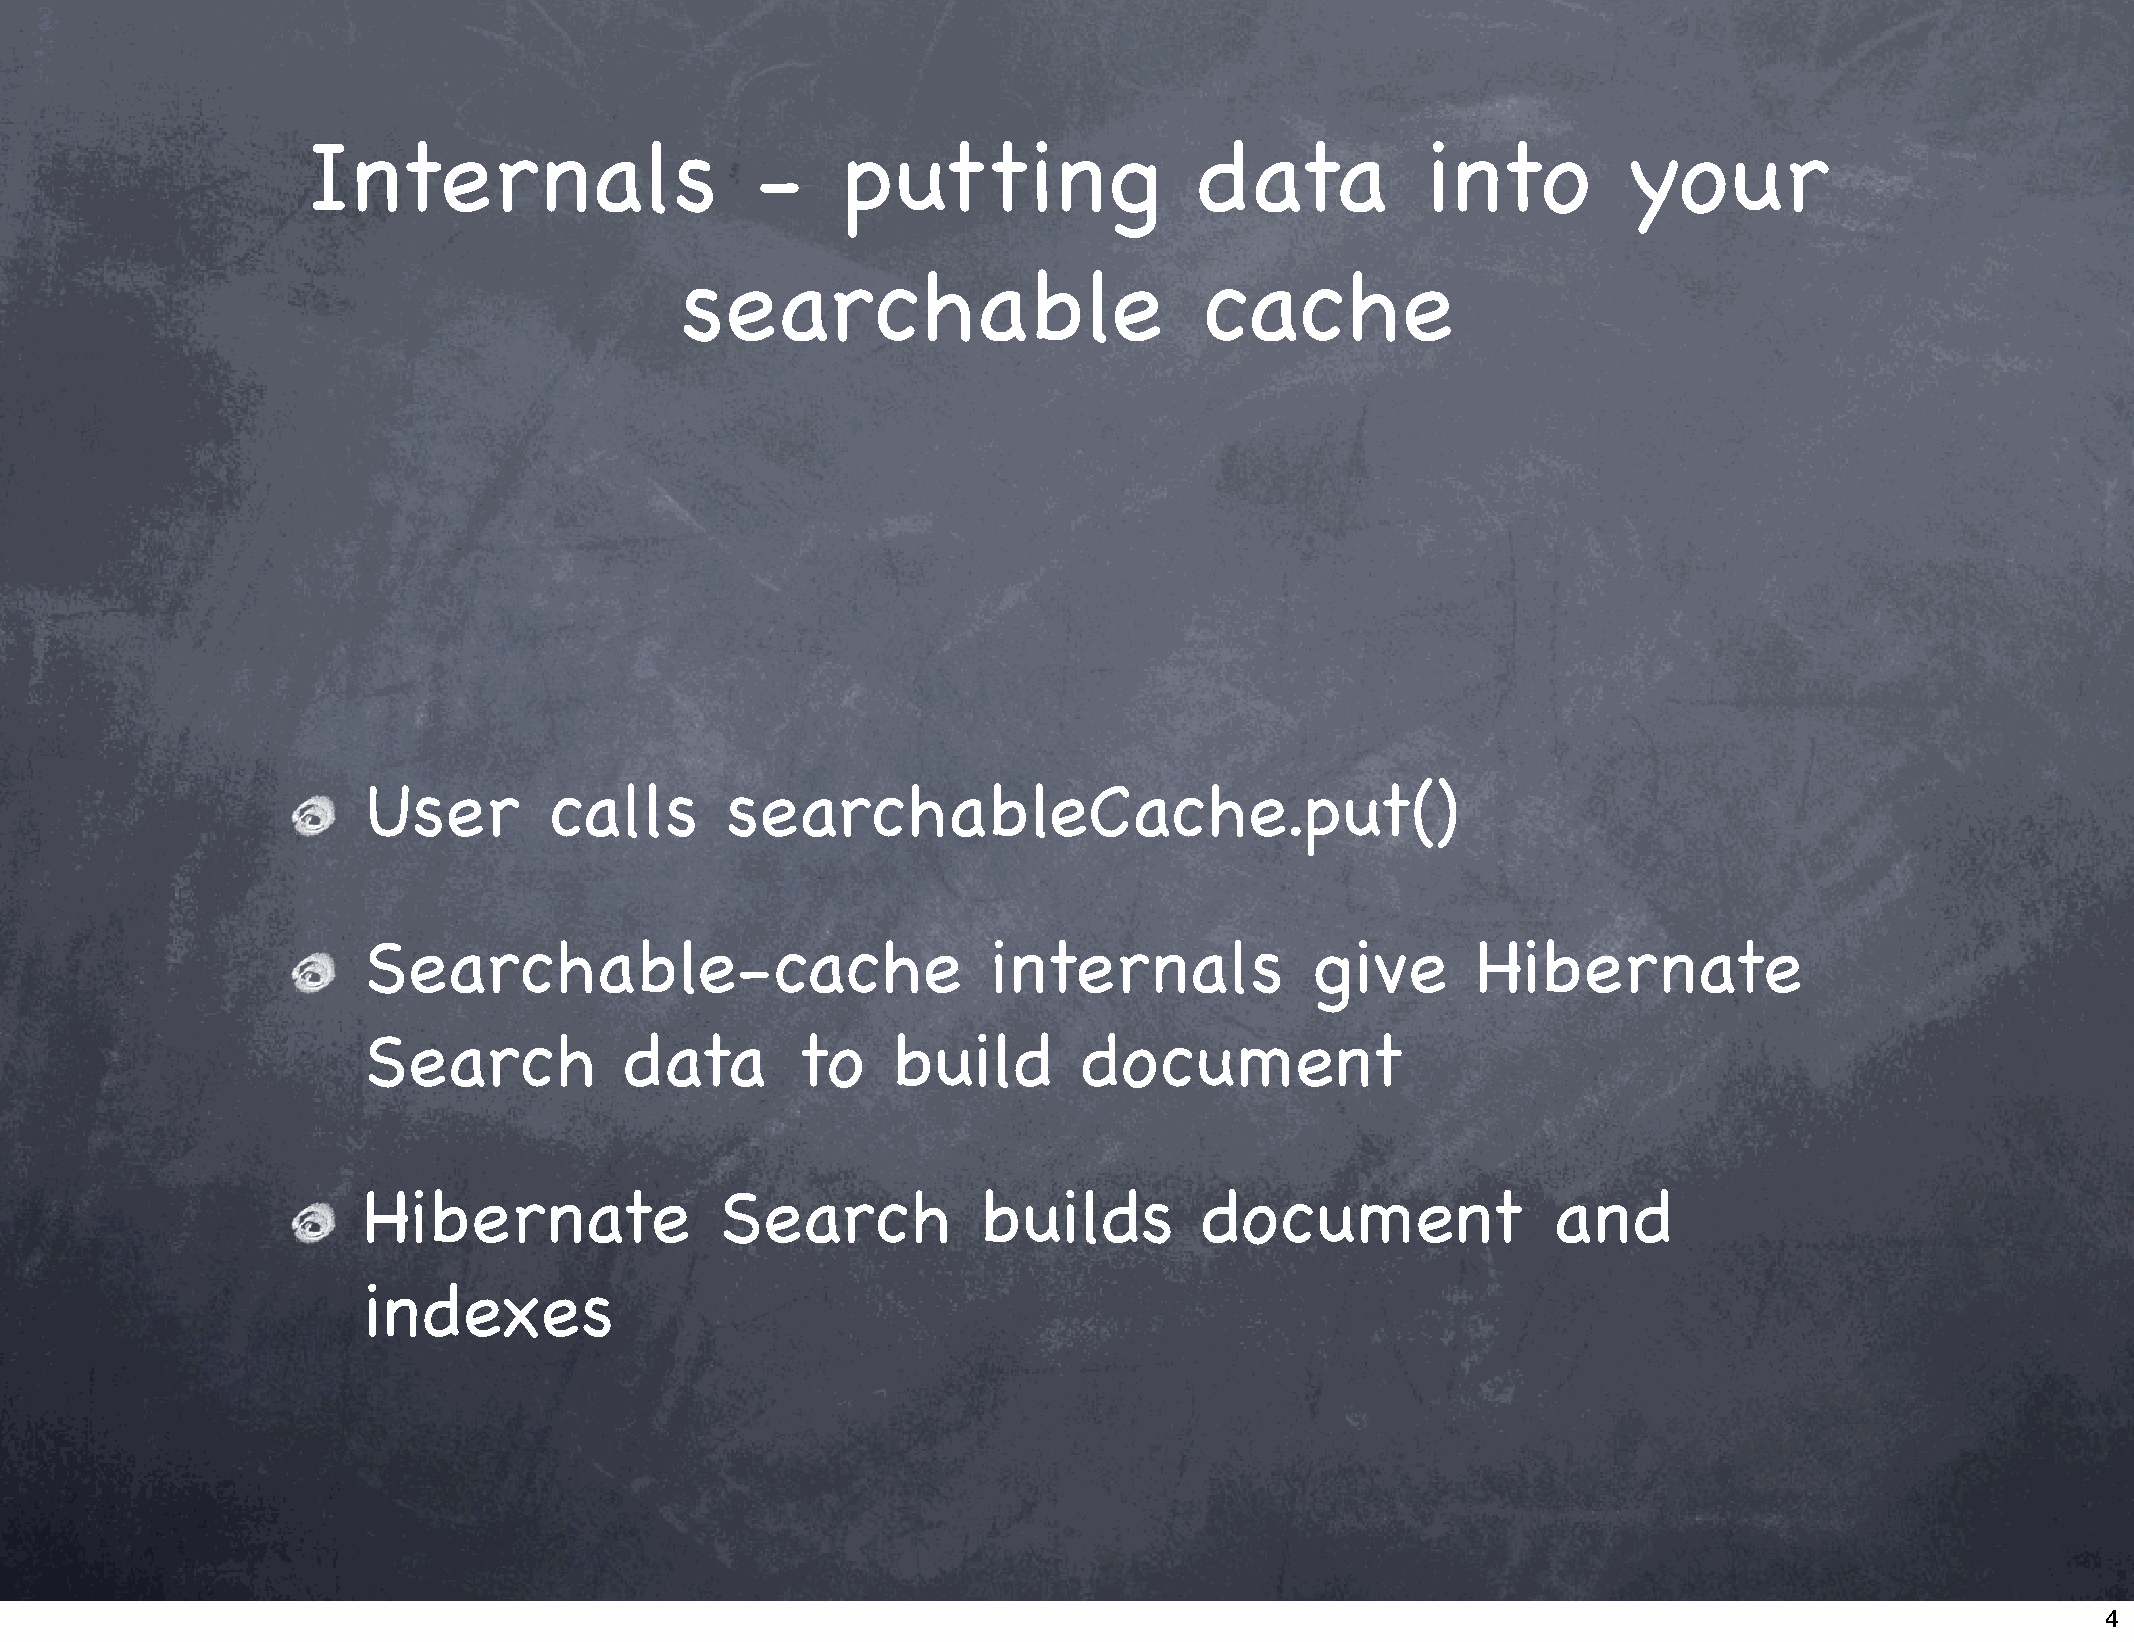
Internals                     -     putting                data           into          your
 searchable                        cache
 User        calls       searchableCache.put()
 Searchable-cache                          internals            give       Hibernate
 Search           data        to    build        document
 Hibernate               Search           builds         document               and
 indexes
 4